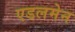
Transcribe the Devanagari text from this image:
एडलमेन